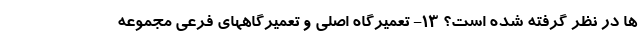
ها در نظر گرفته شده است؟ ۱۳- تعمیرگاه اصلی و تعمیرگاههای فرعی مجموعه